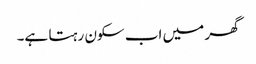
گھر میں اب سکون رہتا ہے۔